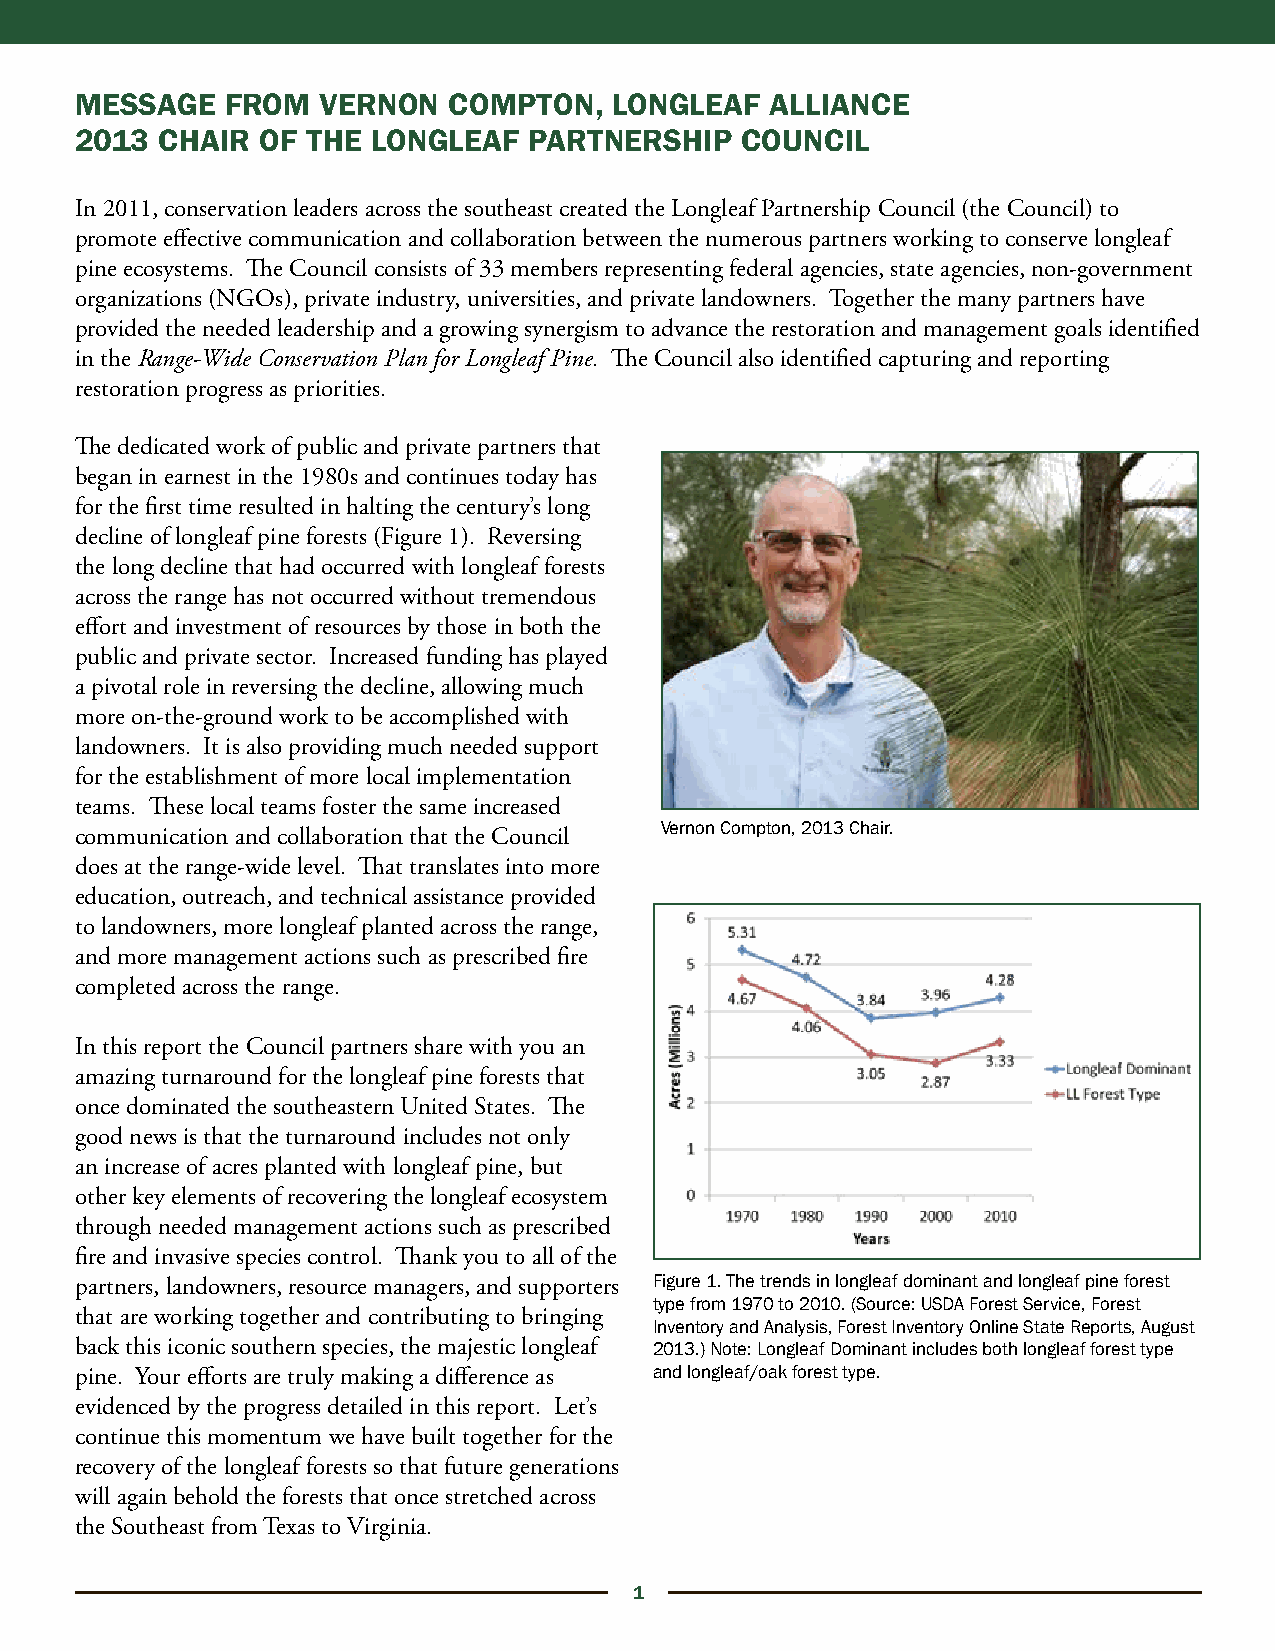
MESSAGE   FROM  VERNON   COMPTON,   LONGLEAF  ALLIANCE
 2013  CHAIR OF THE  LONGLEAF  PARTNERSHIP   COUNCIL
 In 2011, conservation leaders across the southeast created the Longleaf Partnership Council (the Council) to
 promote effective communication and collaboration between the numerous partners working to conserve longleaf
 pine ecosystems. The Council consists of 33 members representing federal agencies, state agencies, non-government
 organizations (NGOs), private industry, universities, and private landowners. Together the many partners have
 provided the needed leadership and a growing synergism to advance the restoration and management goals identified
 in the Range-Wide Conservation Plan for Longleaf Pine. The Council also identified capturing and reporting
 restoration progress as priorities.
 The dedicated work of public and private partners that
 began in earnest in the 1980s and continues today has
 for the first time resulted in halting the century’s long
 decline of longleaf pine forests (Figure 1). Reversing
 the long decline that had occurred with longleaf forests
 across the range has not occurred without tremendous
 effort and investment of resources by those in both the
 public and private sector. Increased funding has played
 a pivotal role in reversing the decline, allowing much
 more on-the-ground work to be accomplished with
 landowners. It is also providing much needed support
 for the establishment of more local implementation
 teams. These local teams foster the same increased
 Vernon Compton, 2013 Chair.
 communication and collaboration that the Council
 does at the range-wide level. That translates into more
 education, outreach, and technical assistance provided
 to landowners, more longleaf planted across the range,
 and more management actions such as prescribed fire
 completed across the range.
 In this report the Council partners share with you an
 amazing turnaround for the longleaf pine forests that
 once dominated the southeastern United States. The
 good news is that the turnaround includes not only
 an increase of acres planted with longleaf pine, but
 other key elements of recovering the longleaf ecosystem
 through needed management actions such as prescribed
 fire and invasive species control. Thank you to all of the
 partners, landowners, resource managers, and supporters Figure 1. The trends in longleaf dominant and longleaf pine forest
 type from 1970 to 2010. (Source: USDA Forest Service, Forest
 that are working together and contributing to bringing
 Inventory and Analysis, Forest Inventory Online State Reports, August
 back this iconic southern species, the majestic longleaf 2013.) Note: Longleaf Dominant includes both longleaf forest type
 pine. Your efforts are truly making a difference as and longleaf/oak forest type.
 evidenced by the progress detailed in this report. Let’s
 continue this momentum we have built together for the
 recovery of the longleaf forests so that future generations
 will again behold the forests that once stretched across
 the Southeast from Texas to Virginia.
 1